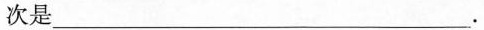
次是___.